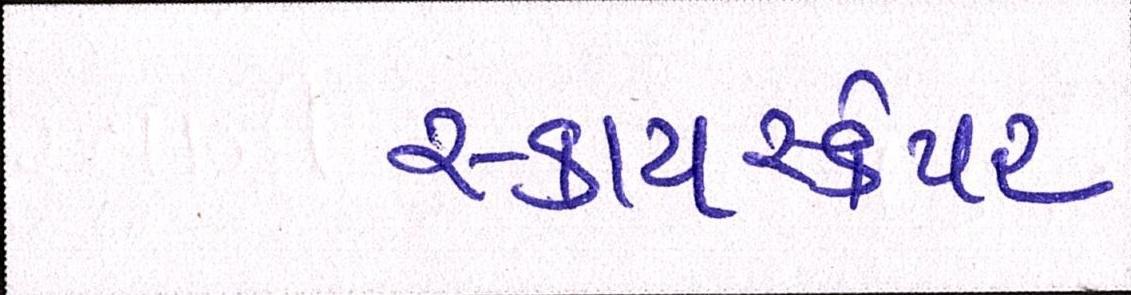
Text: સ્કાયસ્ક્રેપર